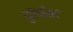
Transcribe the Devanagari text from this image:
पुलिसिए